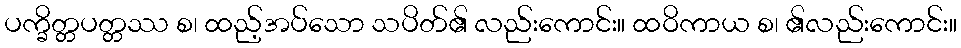
ပက္ခိတ္တပတ္တဿ စ၊ ထည့်အပ်သော သပိတ်၏ လည်းကောင်း။ ထဝိကာယ စ၊ ၏လည်းကောင်း။